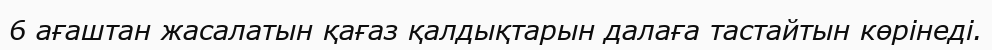
6 ағаштан жасалатын қағаз қалдықтарын далаға тастайтын көрінеді.